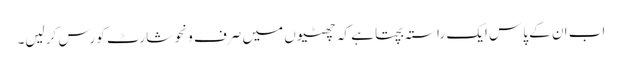
اب ان کے پاس ایک راستہ بچتا ہے کہ چھٹیوں میں صرف ونحو شارٹ کورس کرلیں۔